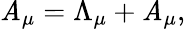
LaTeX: \mathit{A}_{\mu}=\Lambda_{\mu}+{\cal\mathit{A}}_{\mu},